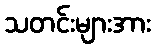
သတင်းများအား